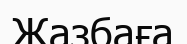
Жазбаға